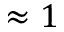
\approx 1